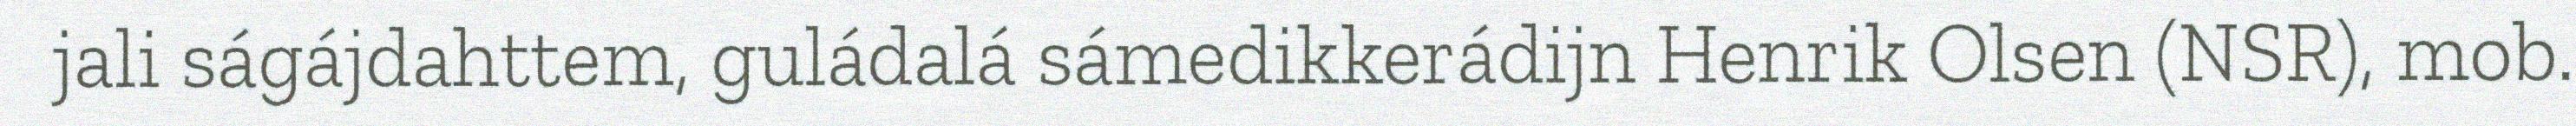
jali ságájdahttem, guládalá sámedikkerádijn Henrik Olsen (NSR), mob.